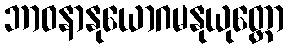
ဘာဝနာနုယောဂမနုယုတ္တော